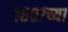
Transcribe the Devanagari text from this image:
१६०७च्या